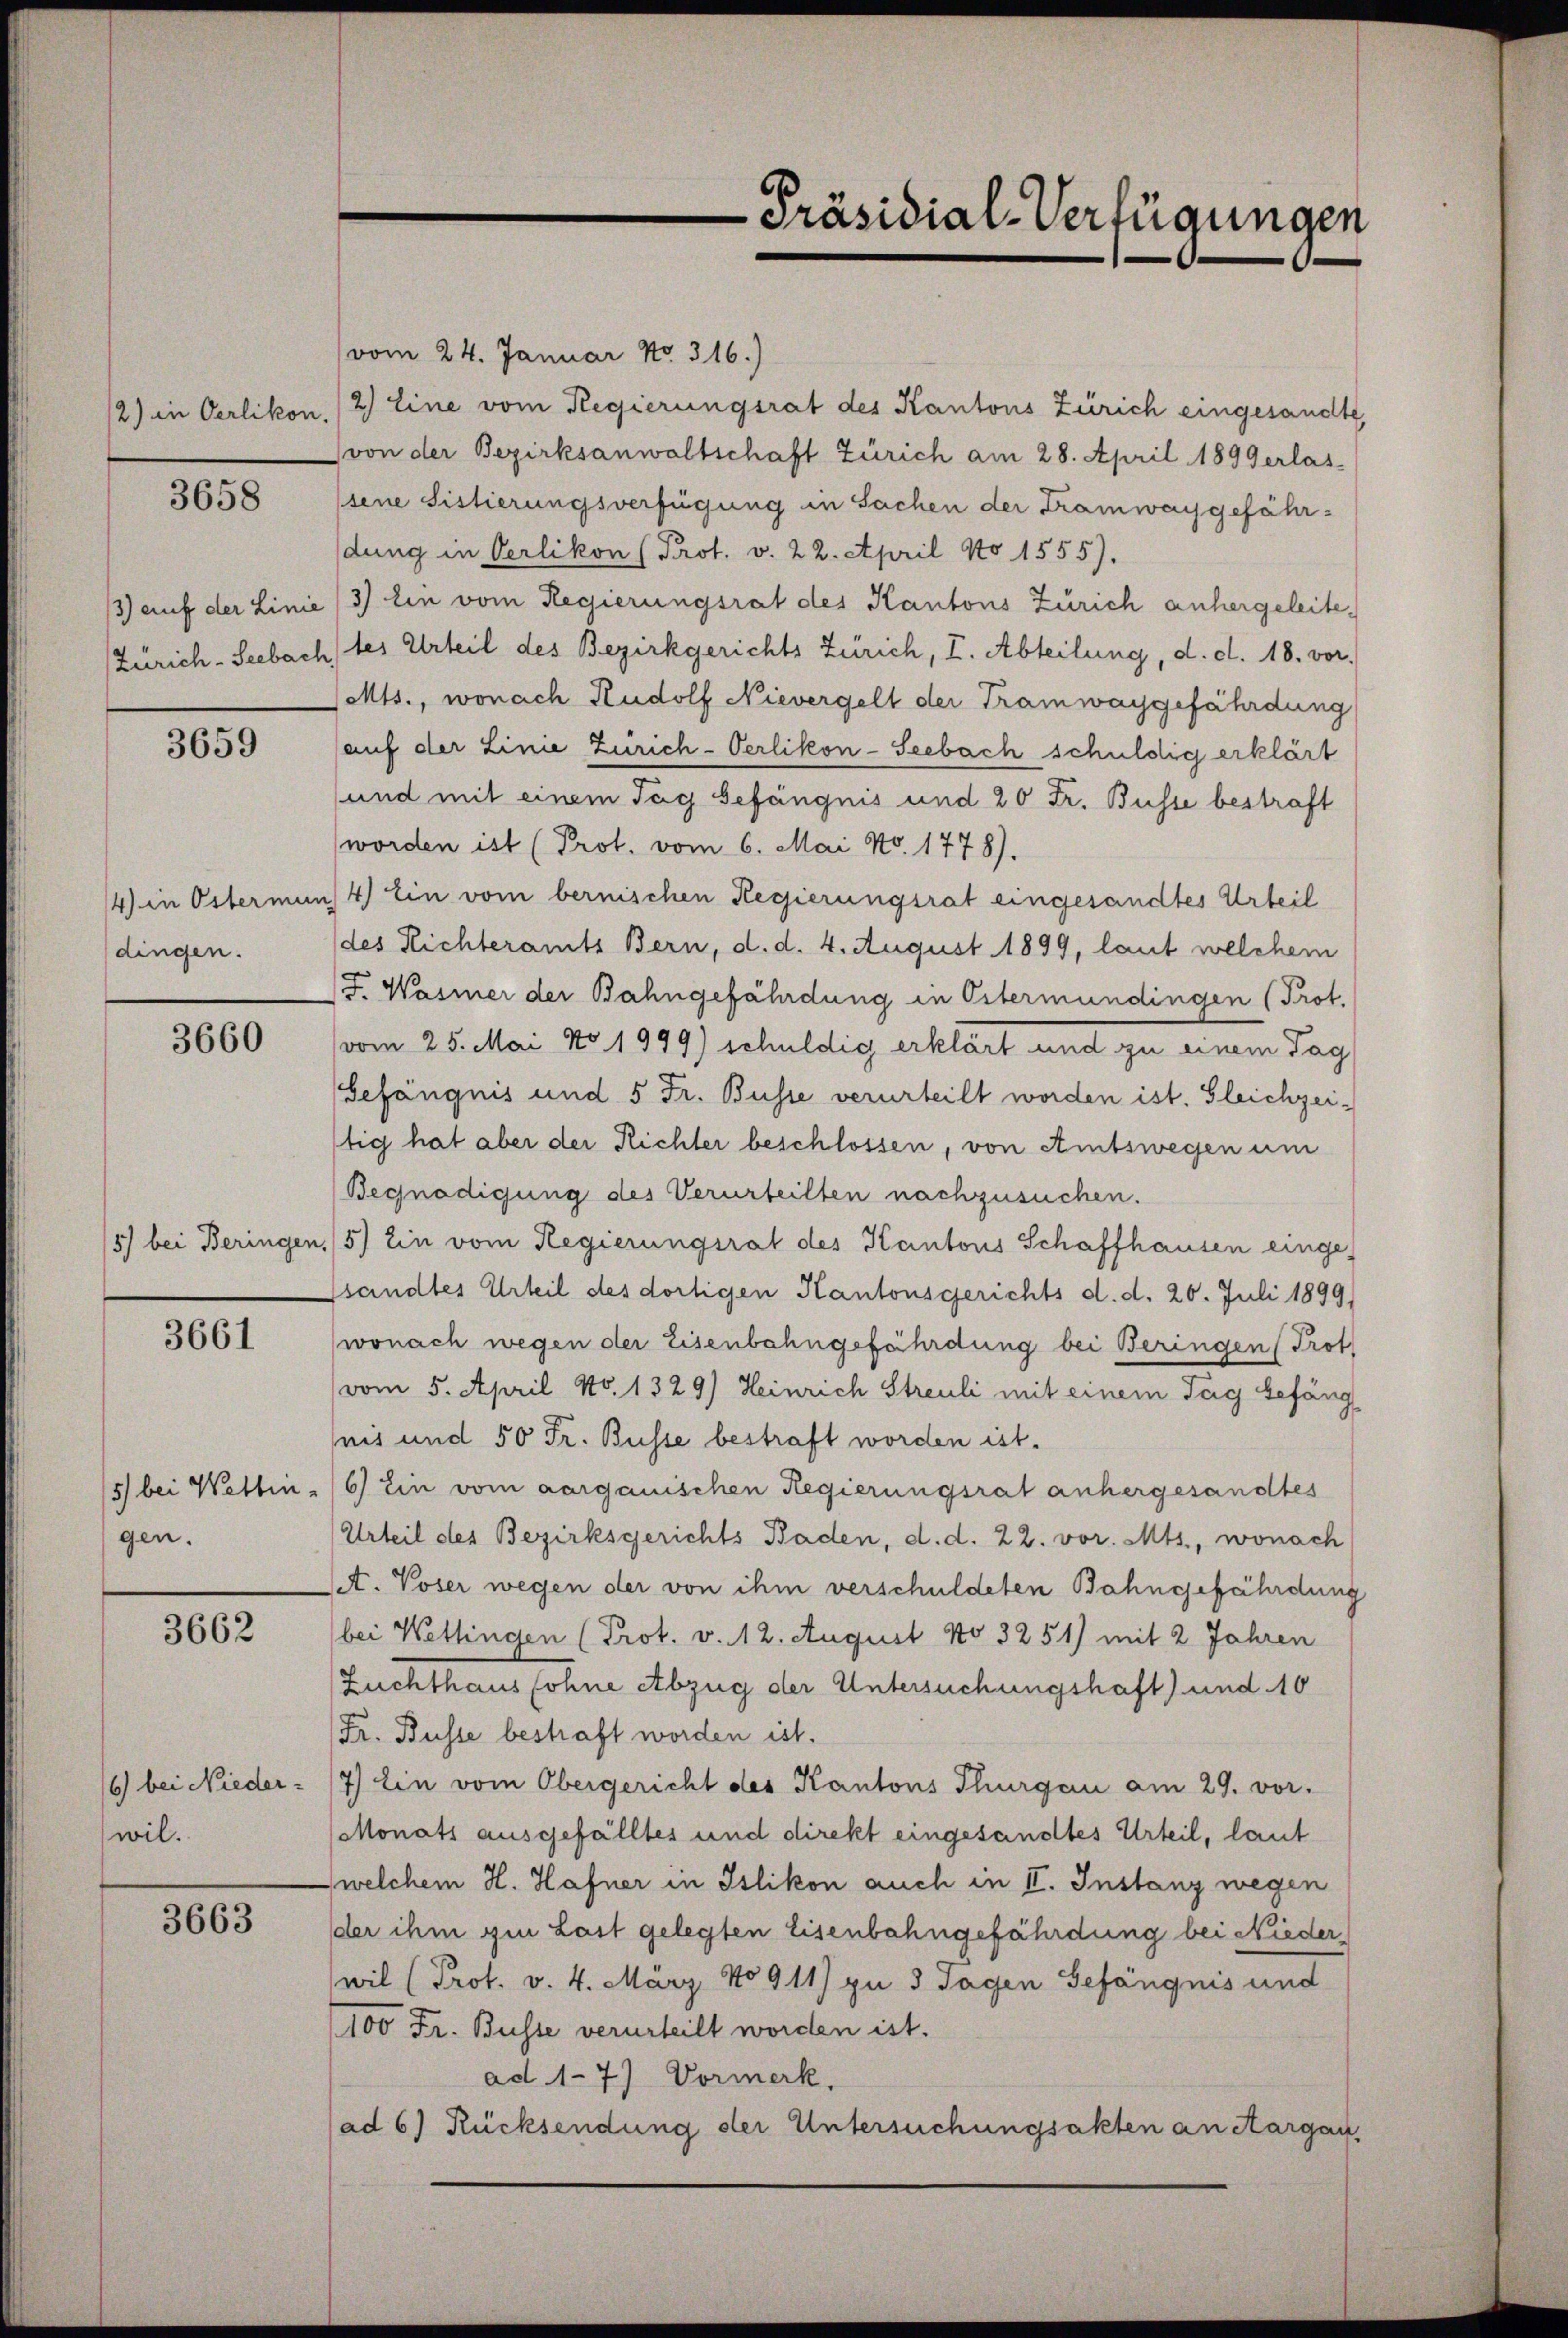
2) in Oerlikon.

3658

3659

dingen.

3660

3661

gen.

3662

6) bei Nieder-
wil.

3663

vom 24. Januar No. 316.)
2) Eine vom Regierungsrat des Kantons Zürich eingesandte,
von der Bezirksanwaltschaft Zürich am 28. April 1899 erlas-
sene Sistierungsverfügung in Sachen der Tramwaggefährdung in Oerlikon (Prot. v. 22. April No 1555).
3) auf der Linie (3) Ein vom Regierungsrat des Kantons Zürich anhergeleite¬
(Zürich-Seebach des Urteil des Bezirkgerichts Zürich, I. Abteilung, d. d. 18. vor.
eMts., wonach Rudolf Nievergelt der Tramwaggefährdung
(auf der Linie Zürich-Oerlikon-Seebach schuldig erklärt
und mit einem Tag Gefängnis und 20 Fr. Busse bestraft
worden ist (Prot. vom 6. Mai No. 1778).
14 in Ostermin 4) Ein vom bernischen Regierungsrat eingesandtes Urteil
des Richteramts Bern, d. d. 4. August 1899, laut welchem
/F. Wasmer der Bahngefährdung in Estermündingen (Prot.
vom 25. Mai No 1999) schuldig erklärt und zu einem Tag
Gefängnis und 5 Fr. Busse verurteilt worden ist. Gleichzeitig hat aber der Richter beschlossen, von Amtswegen um
Begnadigung des Verurteilten nachzusuchen.
5) bei Beringen,5) Ein vom Regierungsrat des Kantons Schaffhausen eingessandtes Urteil des dortigen Kantonsgerichts d. d. 26. Juli 1899/
wonach wegen der Eisenbahngefährdung bei Beringen (Prot
vom 5. April No. 1329) Heinrich Streuli mit einem Tag befäng
seis und 50 Fr. Busse bestraft worden ist.
5) bei Wettin, 16) Ein vom aargauischen Regierungsrat anhergesandtes
Urteil des Bezirksgerichts Baden, d. d. 22. vor. Mts., wonach
set. Voser wegen der von ihm verschuldeten Bahngefährdung
bei Wettingen (Prot. v. 12. August No 3251) mit 2 Jahren
Zuchthaussohne Abzug der Untersuchungshaft) und 10
Fr. Busse bestraft worden ist.
7) Ein vom Obergericht des Kantons Thurgau am 29. vor.
Monats ausgefälltes und direkt eingesandtes Urteil, laut
welchem H. Hafner in Islikon auch in II. Instanz wegen
der ihm in Last gelegten Eisenbahngefährdung bei Nieder
wil (Prot. v. 4. März 1911) zu 3 Tagen Gefängnis und
(100 Fr. Busse verurteilt worden ist.
ad 17) Vormerk.
(ad 6) Rücksendung der Untersuchungsakten an Aargau,

-Präsidial-Verfügungen